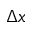
\Delta x